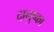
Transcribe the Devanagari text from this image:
दानुष्का